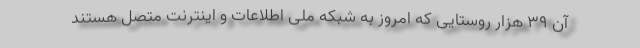
آن ۳۹ هزار روستایی که امروز به شبکه ملی اطلاعات و اینترنت متصل هستند